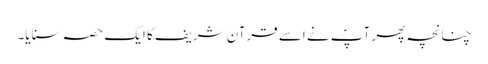
چنانچہ پھر آپؐ نے اسے قرآن شریف کا ایک حصہ سنایا۔